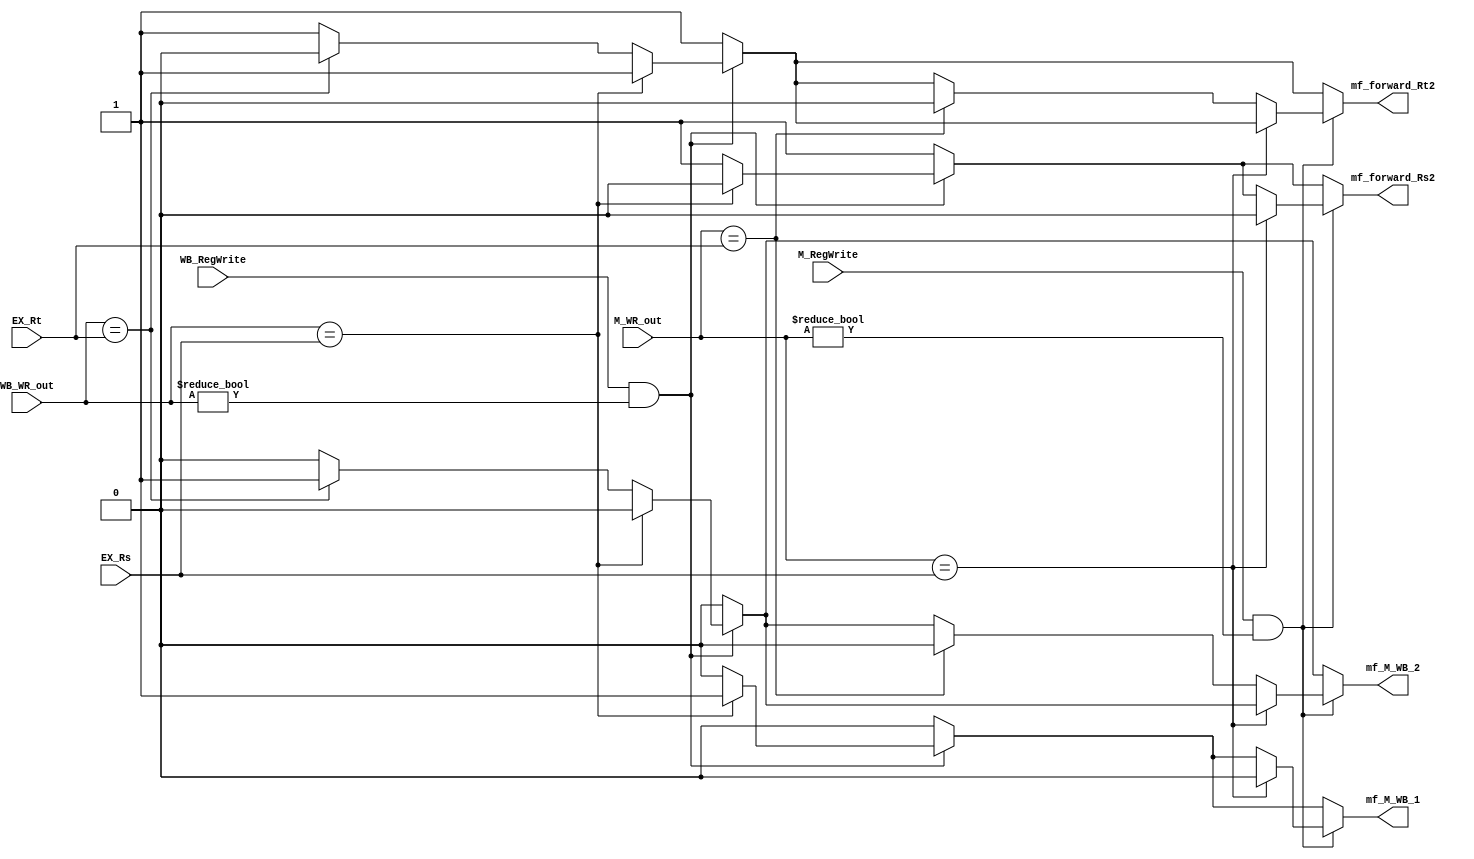
// Forwarding Unit

module FU ( // input 
			EX_Rs,
            EX_Rt,
			M_RegWrite,
			M_WR_out,
			WB_RegWrite,
			WB_WR_out,
			// output
			// write your code in here
			mf_M_WB_1,
			mf_forward_Rs2,
			mf_M_WB_2,
			mf_forward_Rt2
			);

	input [4:0] EX_Rs;
    input [4:0] EX_Rt;
    input M_RegWrite;
    input [4:0] M_WR_out;
    input WB_RegWrite;
    input [4:0] WB_WR_out;

	output mf_M_WB_1;
	output mf_forward_Rs2;
	output mf_M_WB_2;
	output mf_forward_Rt2;

	reg mf_M_WB_1;
	reg mf_forward_Rs2;
	reg mf_M_WB_2;
	reg mf_forward_Rt2;

	// write your code in here
	always@ (*)	begin
		mf_M_WB_1		= 0;
		mf_forward_Rs2	= 1;
		mf_M_WB_2		= 0;
		mf_forward_Rt2	= 1;

		// =.=
		if(WB_RegWrite && WB_WR_out != 0) begin// RAW

			
			if(WB_WR_out == EX_Rs)	begin 
				mf_M_WB_1		= 1;
				mf_forward_Rs2	= 0;
			end
			else if(WB_WR_out == EX_Rt) begin
				mf_M_WB_2		= 1;
				mf_forward_Rt2	= 0;
			end

		end
		if(M_RegWrite && M_WR_out != 0) begin// RAW

			if(M_WR_out == EX_Rs)	begin 	
				mf_M_WB_1		= 0; //=.=
				mf_forward_Rs2	= 0;
			end
			else if(M_WR_out == EX_Rt)	begin
				mf_M_WB_2		= 0;
				mf_forward_Rt2	= 0;
			end
		end

	end
endmodule